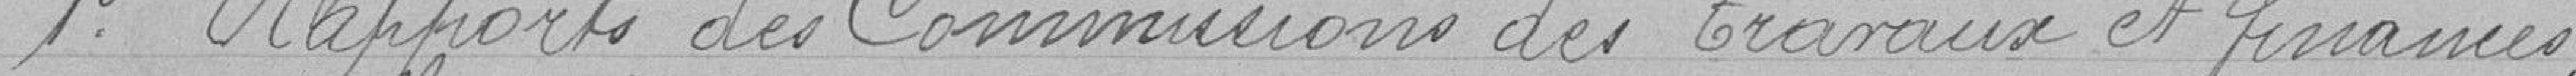
1° Rapports des Commissions des travaux et finances